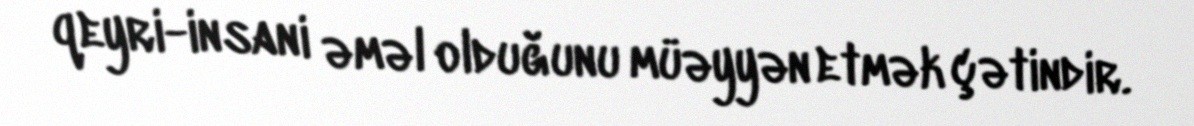
qeyri-insani əməl olduğunu müəyyən etmək çətindir.